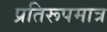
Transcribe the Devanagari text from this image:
प्रतिरूपमात्र